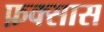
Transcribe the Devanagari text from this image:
फ़क्सास